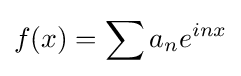
f(x)=\sum a_{n}e^{inx}